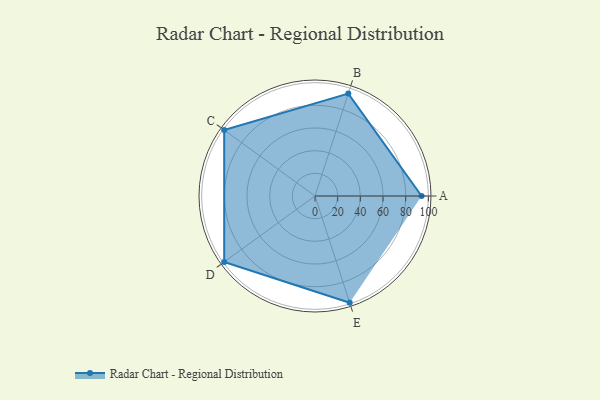
{"axis": {"x": "Skill", "y": "Score"}, "legend": ["Profile"], "data": [{"x": "A", "y": 94.0, "type": "Profile"}, {"x": "B", "y": 95.0, "type": "Profile"}, {"x": "C", "y": 99.0, "type": "Profile"}, {"x": "D", "y": 99, "type": "Profile"}, {"x": "E", "y": 99, "type": "Profile"}]}